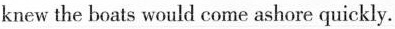
knew the boats would come ashore quickly.